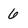
Character: 6